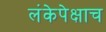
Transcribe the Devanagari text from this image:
लंकेपेक्षाच